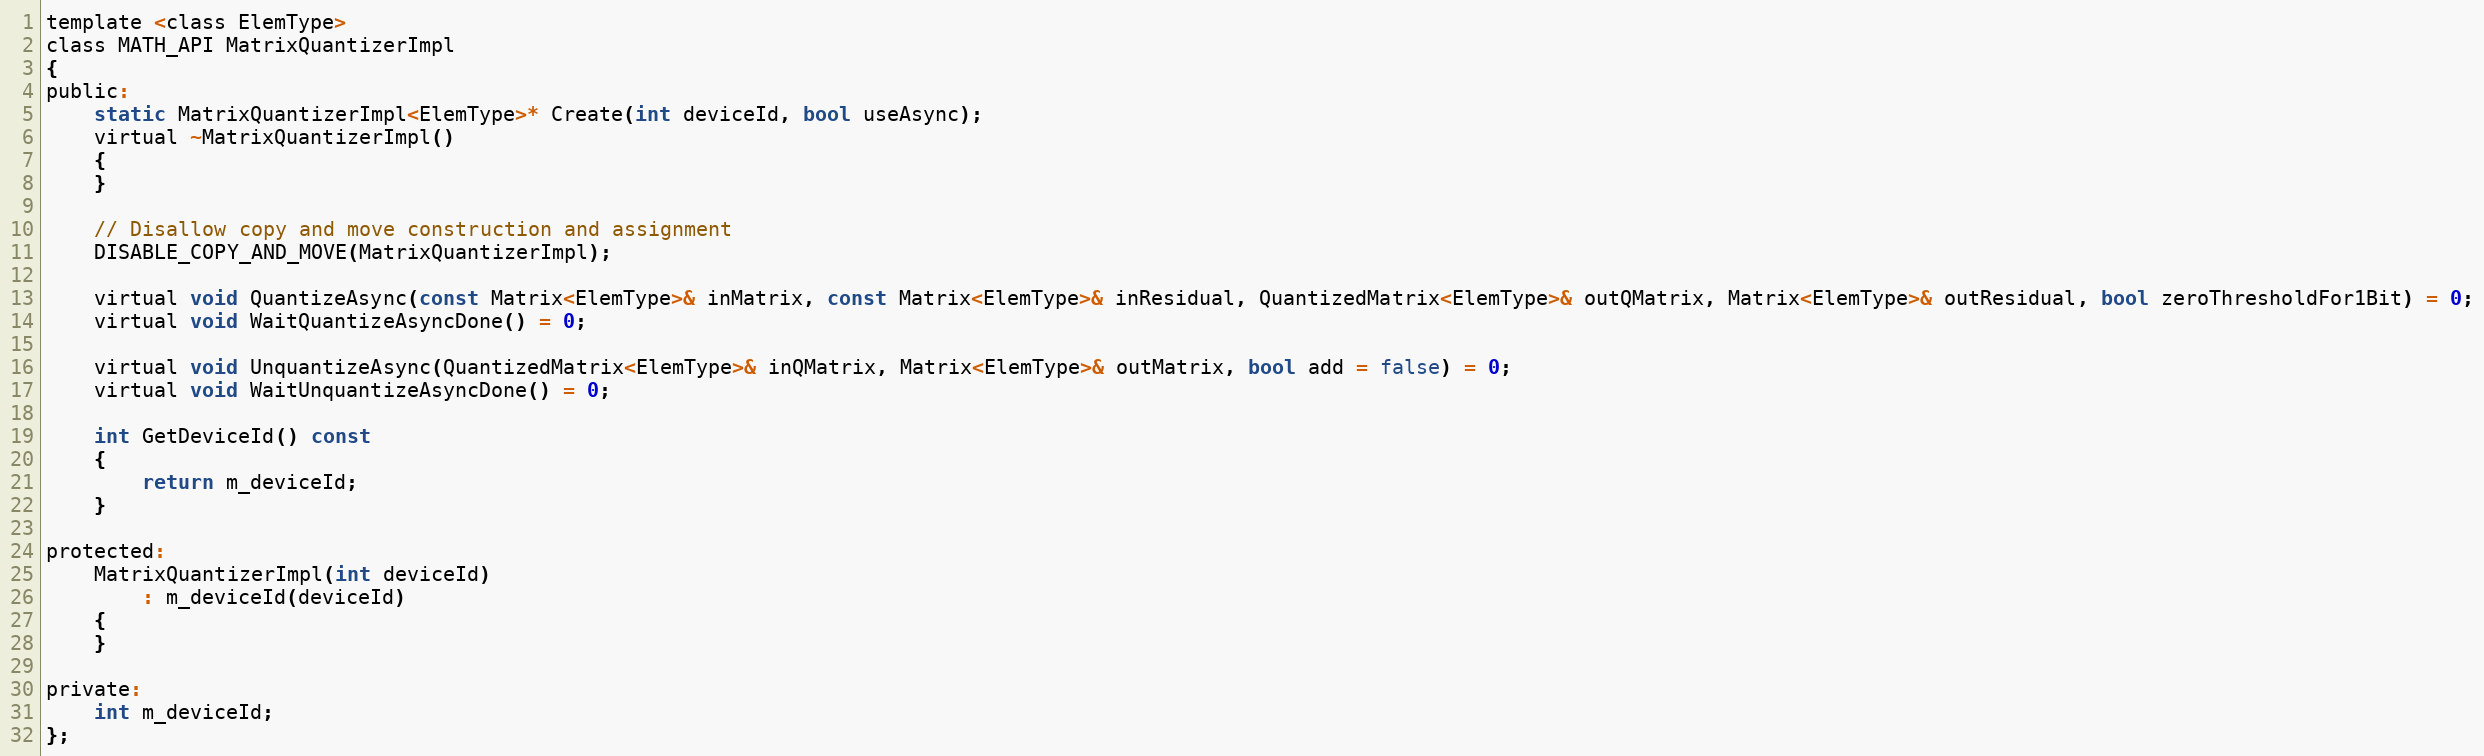
Language: C
template <class ElemType>
class MATH_API MatrixQuantizerImpl
{
public:
    static MatrixQuantizerImpl<ElemType>* Create(int deviceId, bool useAsync);
    virtual ~MatrixQuantizerImpl()
    {
    }

    // Disallow copy and move construction and assignment
    DISABLE_COPY_AND_MOVE(MatrixQuantizerImpl);

    virtual void QuantizeAsync(const Matrix<ElemType>& inMatrix, const Matrix<ElemType>& inResidual, QuantizedMatrix<ElemType>& outQMatrix, Matrix<ElemType>& outResidual, bool zeroThresholdFor1Bit) = 0;
    virtual void WaitQuantizeAsyncDone() = 0;

    virtual void UnquantizeAsync(QuantizedMatrix<ElemType>& inQMatrix, Matrix<ElemType>& outMatrix, bool add = false) = 0;
    virtual void WaitUnquantizeAsyncDone() = 0;

    int GetDeviceId() const
    {
        return m_deviceId;
    }

protected:
    MatrixQuantizerImpl(int deviceId)
        : m_deviceId(deviceId)
    {
    }

private:
    int m_deviceId;
};